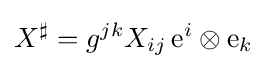
X^{\sharp }=g^{jk}X_{ij}\,{\rm {e}}^{i}\otimes {\rm {e}}_{k}